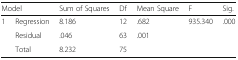
<table><thead><tr><td colspan="2"><b>Model</b></td><td><b>Sum of Squares</b></td><td><b>Df</b></td><td><b>Mean Square</b></td><td><b>F</b></td><td><b>Sig.</b></td></tr></thead><tbody><tr><td rowspan="3">1</td><td>Regression</td><td>8.186</td><td>12</td><td>.682</td><td>935.340</td><td>.000</td></tr><tr><td>Residual</td><td>.046</td><td>63</td><td>.001</td><td></td><td></td></tr><tr><td>Total</td><td>8.232</td><td>75</td><td></td><td></td><td></td></tr></tbody></table>